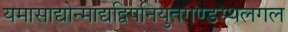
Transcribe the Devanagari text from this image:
यमासाद्योन्माद्यद्विपनियुतगण्डस्थलगल